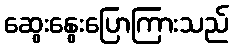
ဆွေးနွေးပြောကြားသည်